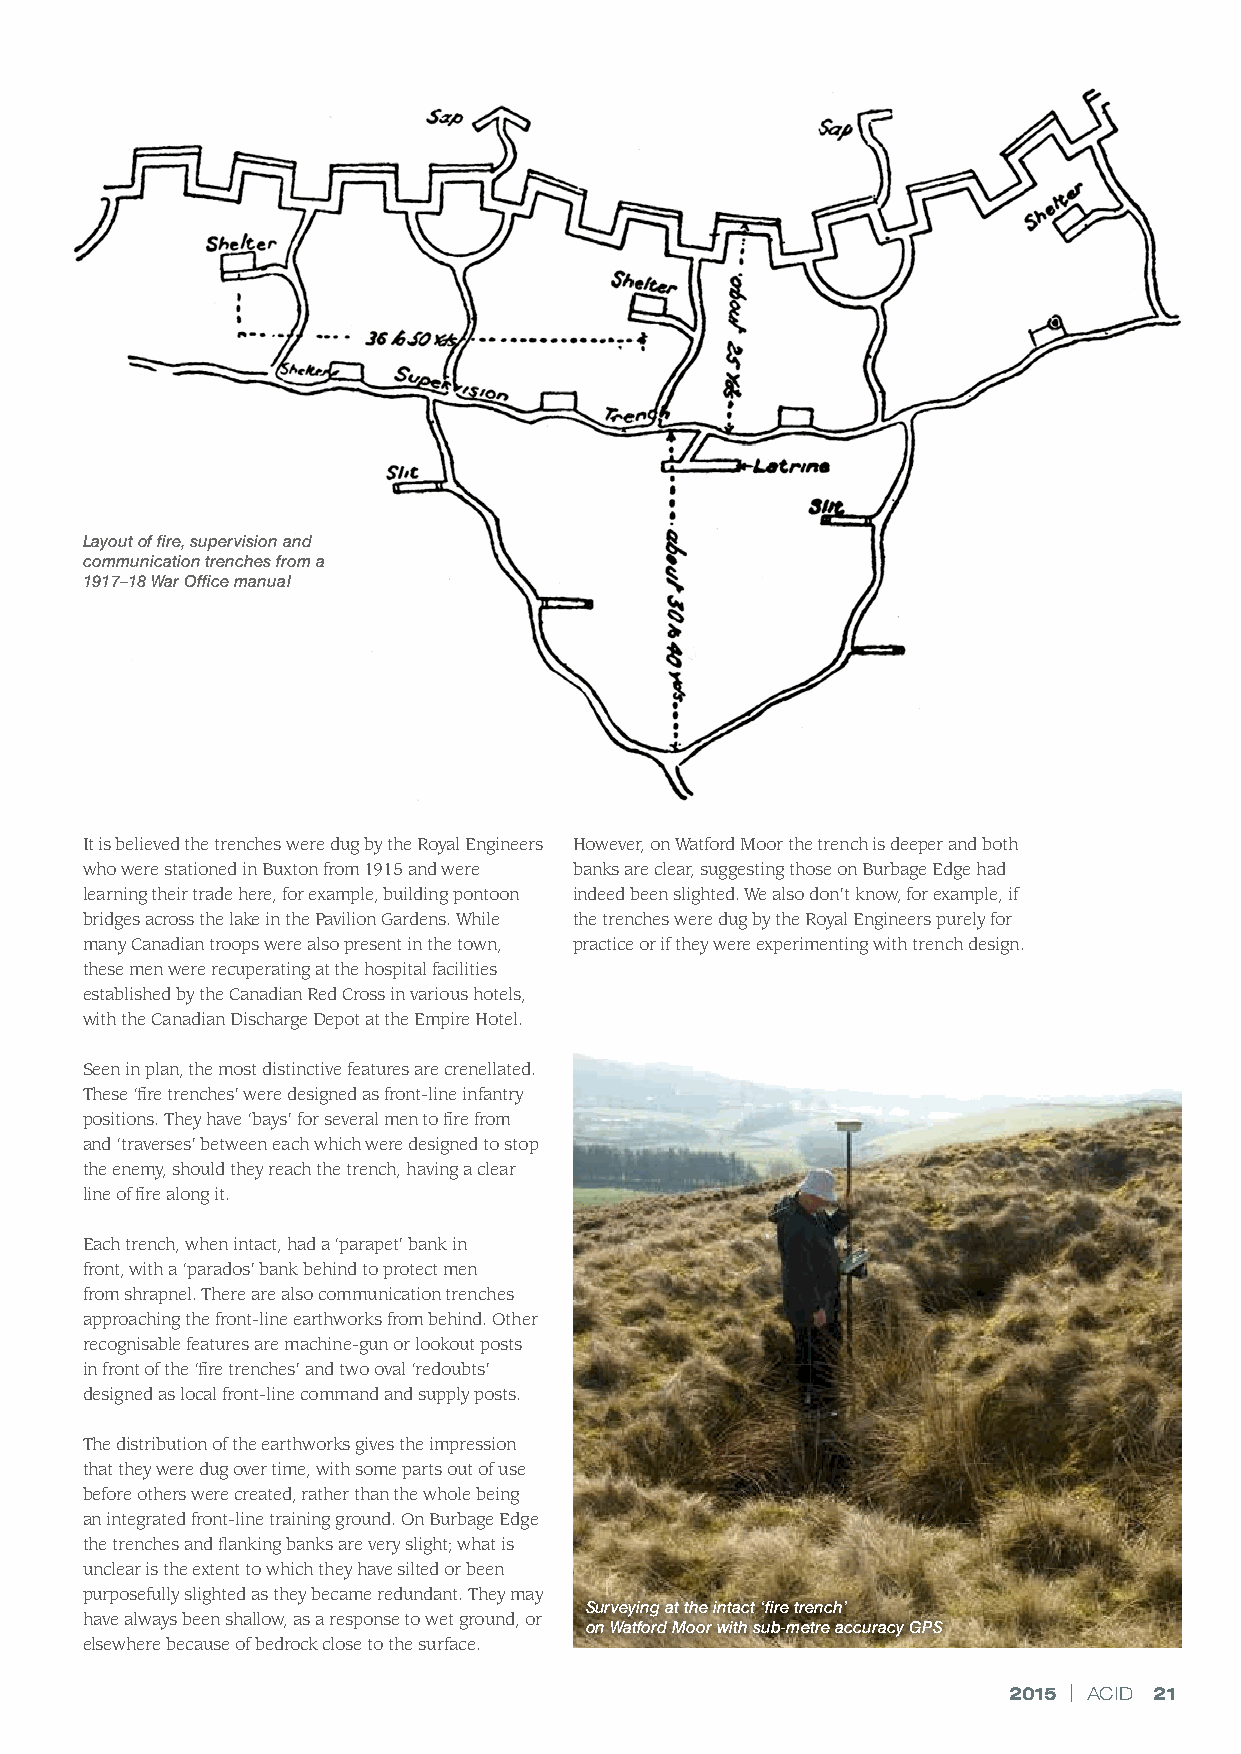
Layout of fire, supervision and
 communication trenches from a
 1917–18 War Office manual
 It is believed the trenches were dug by the Royal Engineers However, on Watford Moor the trench is deeper and both
 who were stationed in Buxton from 1915 and were banks are clear, suggesting those on Burbage Edge had
 learning their trade here, for example, building pontoon indeed been slighted. We also don’t know, for example, if
 bridges across the lake in the Pavilion Gardens. While the trenches were dug by the Royal Engineers purely for
 many Canadian troops were also present in the town, practice or if they were experimenting with trench design.
 these men were recuperating at the hospital facilities
 established by the Canadian Red Cross in various hotels,
 with the Canadian Discharge Depot at the Empire Hotel.
 Seen in plan, the most distinctive features are crenellated.
 These ‘fire trenches’ were designed as front-line infantry
 positions. They have ‘bays’ for several men to fire from
 and ‘traverses’ between each which were designed to stop
 the enemy, should they reach the trench, having a clear
 line of fire along it.
 Each trench, when intact, had a ‘parapet’ bank in
 front, with a ‘parados’ bank behind to protect men
 from shrapnel. There are also communication trenches
 approaching the front-line earthworks from behind. Other
 recognisable features are machine-gun or lookout posts
 in front of the ‘fire trenches’ and two oval ‘redoubts’
 designed as local front-line command and supply posts.
 The distribution of the earthworks gives the impression
 that they were dug over time, with some parts out of use
 before others were created, rather than the whole being
 an integrated front-line training ground. On Burbage Edge
 the trenches and flanking banks are very slight; what is
 unclear is the extent to which they have silted or been
 purposefully slighted as they became redundant. They may
 Surveying at the intact ‘fire trench’
 have always been shallow, as a response to wet ground, or
 on Watford Moor with sub-metre accuracy GPS
 elsewhere because of bedrock close to the surface.
 2015 | ACID 21